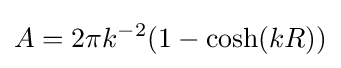
A=2\pi k^{-2}(1-\cosh(kR))